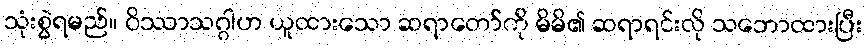
သုံးစွဲရမည်။ ဝိဿာသဂ္ဂါဟ ယူထားသော ဆရာတော်ကို မိမိ၏ ဆရာရင်းလို သဘောထားပြီး